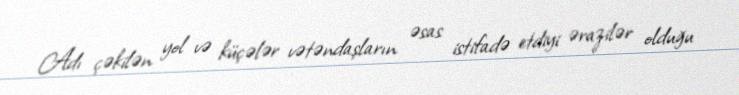
Adı çəkilən yol və küçələr vətəndaşların əsas istifadə etdiyi ərazilər olduğu